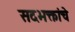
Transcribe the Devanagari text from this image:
सदभक्तांचे